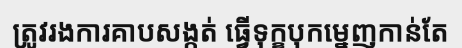
ត្រូវរងការគាបសង្កត់ ធ្វើទុក្ខបុកម្នេញកាន់តែ